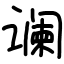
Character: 谰